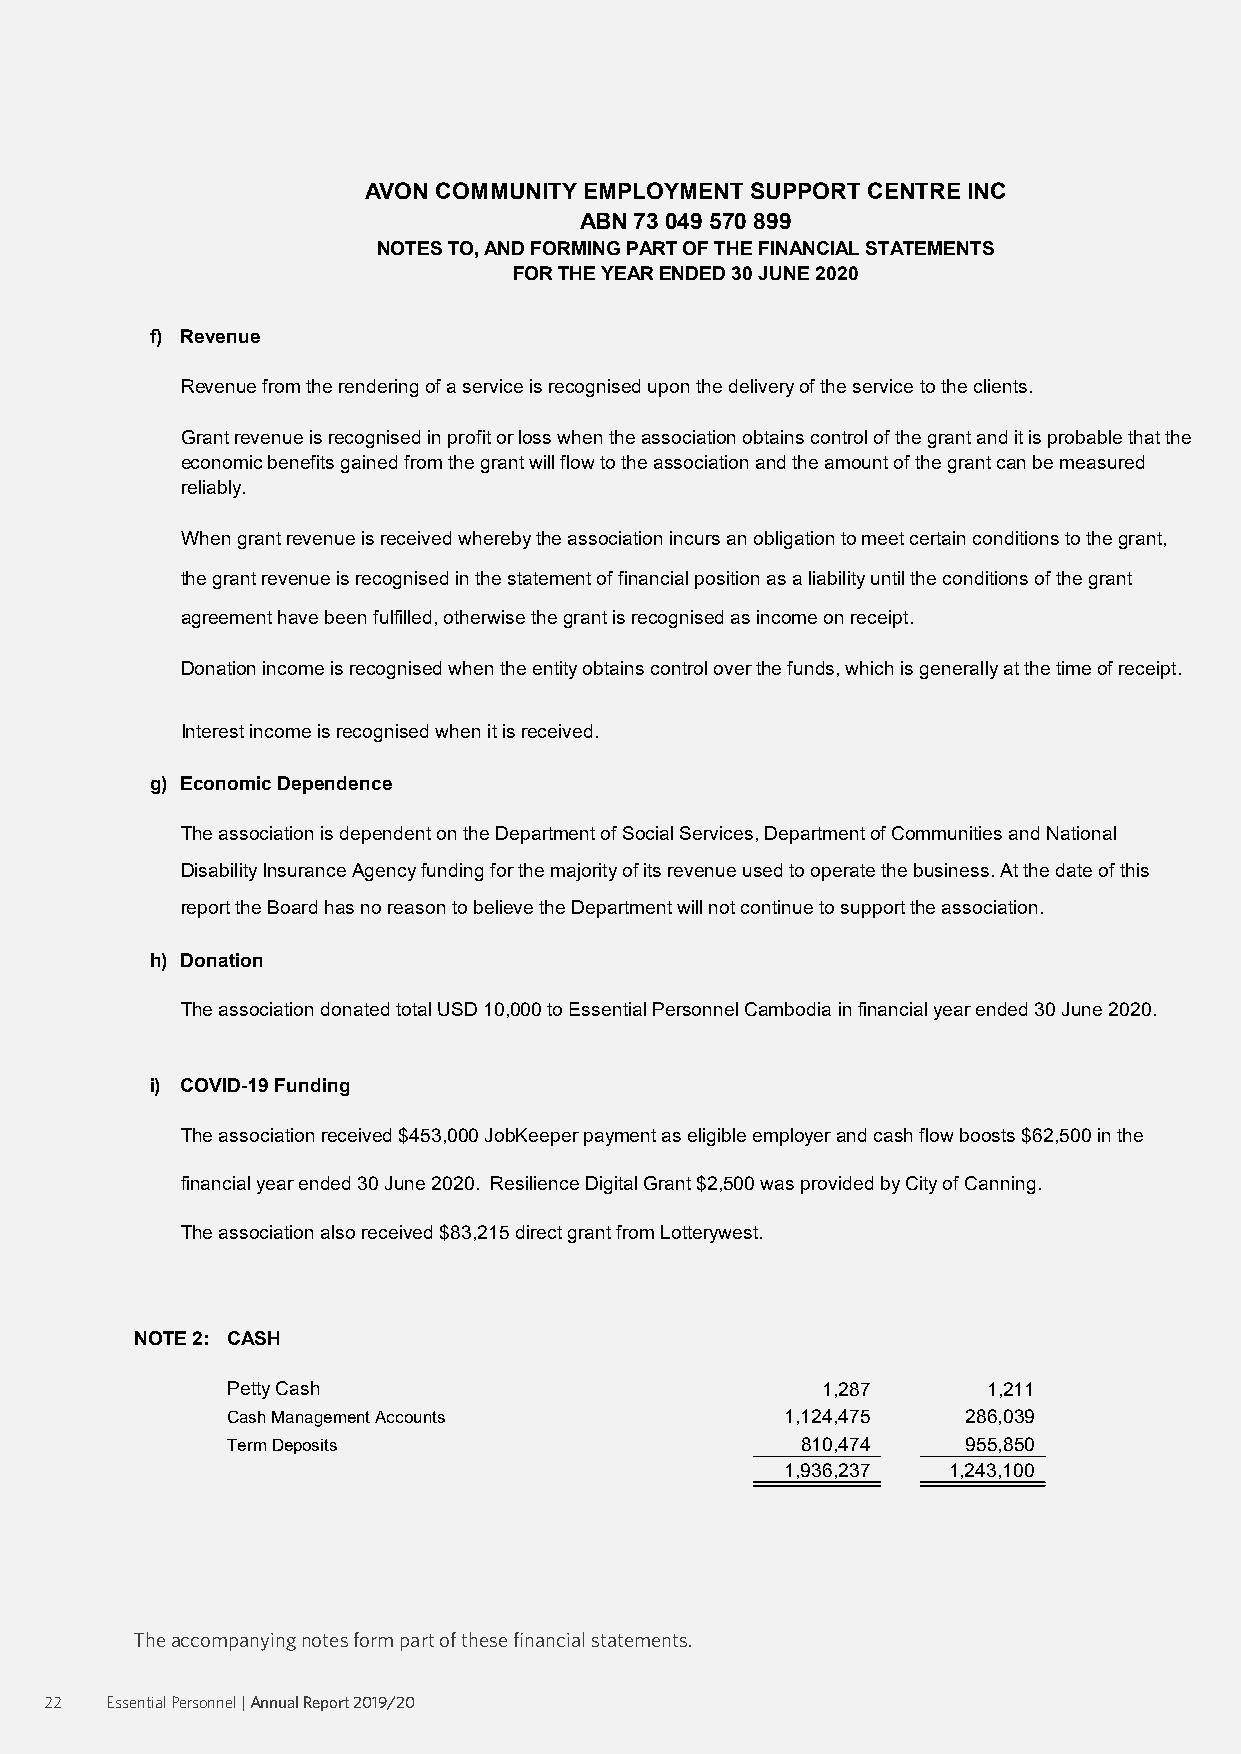
AVON COMMUNITY EMPLOYMENT SUPPORT CENTRE INC
 ABN 73 049 570 899
 NOTES TO, AND FORMING PART OF THE FINANCIAL STATEMENTS
 FOR THE YEAR ENDED 30 JUNE 2020
 f) Revenue
 Revenue from the rendering of a service is recognised upon the delivery of the service to the clients.
 Grant revenue is recognised in profit or loss when the association obtains control of the grant and it is probable that the
 economic benefits gained from the grant will flow to the association and the amount of the grant can be measured
 reliably.
 When grant revenue is received whereby the association incurs an obligation to meet certain conditions to the grant,
 the grant revenue is recognised in the statement of financial position as a liability until the conditions of the grant
 agreement have been fulfilled, otherwise the grant is recognised as income on receipt.
 Donation income is recognised when the entity obtains control over the funds, which is generally at the time of receipt.
 Interest income is recognised when it is received.
 g) Economic Dependence
 The association is dependent on the Department of Social Services, Department of Communities and National
 Disability Insurance Agency funding for the majority of its revenue used to operate the business. At the date of this
 report the Board has no reason to believe the Department will not continue to support the association.
 h) Donation
 The association donated total USD 10,000 to Essential Personnel Cambodia in financial year ended 30 June 2020.
 i) COVID-19 Funding
 The association received $453,000 JobKeeper payment as eligible employer and cash flow boosts $62,500 in the
 financial year ended 30 June 2020. Resilience Digital Grant $2,500 was provided by City of Canning.
 The association also received $83,215 direct grant from Lotterywest.
 NOTE 2: CASH
 Petty Cash                             1,287      1 ,211
 Cash Management Accounts             1,124,475   2 86,039
 Term Deposits                         8 10,474   9 55,850
 1,936,237  1,243,100
 The.accompanying.notes.form.part.of.these.financial.statements.
 22  Essential Personnel | Annual Report 2019/20
 The accompanying notes form part of these financial statements